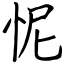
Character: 怩